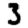
Digit: 3